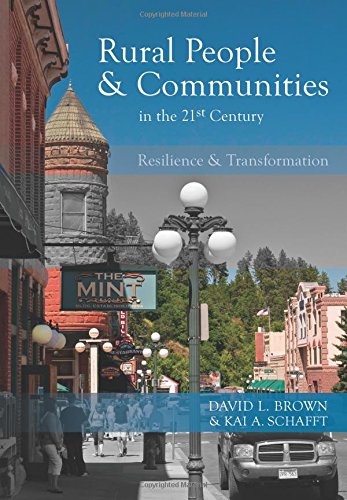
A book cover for Rural People and Communities in the 21st Century: Resilience and Transformation; David L. Brown; Politics & Social Sciences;